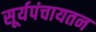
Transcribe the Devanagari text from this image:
सूर्यपंचायतन